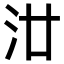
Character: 𣲟